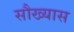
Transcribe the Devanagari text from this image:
सौख्यास